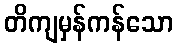
တိကျမှန်ကန်သော